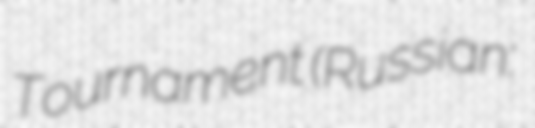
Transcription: Tournament (Russian: Международный